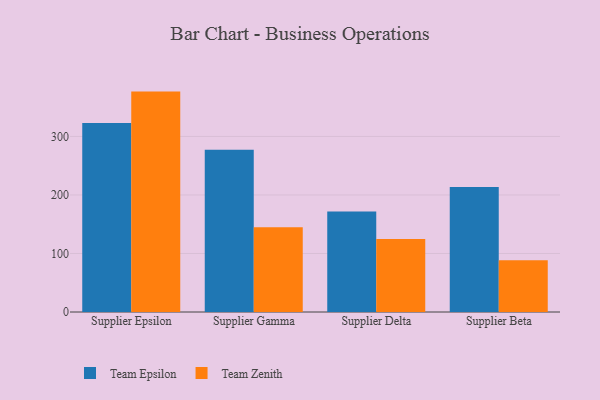
{"axis": {"x": "Supplier", "y": "Humidity (%)"}, "legend": ["Team Epsilon", "Team Zenith"], "data": [{"x": "Supplier Epsilon", "y": 323.2, "type": "Team Epsilon"}, {"x": "Supplier Epsilon", "y": 376.7, "type": "Team Zenith"}, {"x": "Supplier Gamma", "y": 277.2, "type": "Team Epsilon"}, {"x": "Supplier Gamma", "y": 144.9, "type": "Team Zenith"}, {"x": "Supplier Delta", "y": 171.6, "type": "Team Epsilon"}, {"x": "Supplier Delta", "y": 124.9, "type": "Team Zenith"}, {"x": "Supplier Beta", "y": 213.8, "type": "Team Epsilon"}, {"x": "Supplier Beta", "y": 88.4, "type": "Team Zenith"}]}